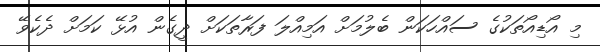
މި އޯޑިއޯތަކުގެ ސައްހަކަން ބެލުމަށް އަމިއްލަ ފަރާތަކަށް ދީގެން އުޅޭ ކަމަށް ދެކެވޭ